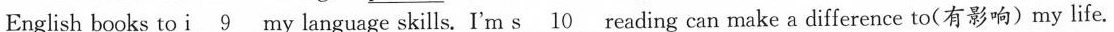
English books to \underline{i 9} my language skills. I'm \underline{s 10} reading can make a difference to(有影响)my life.